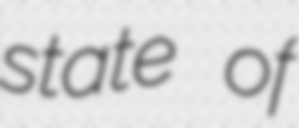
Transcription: state of